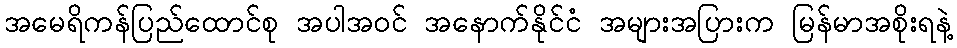
အမေရိကန်ပြည်ထောင်စု အပါအဝင် အနောက်နိုင်ငံ အများအပြားက မြန်မာအစိုးရနဲ့